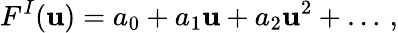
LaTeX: F^{I}(\mathbf{u})=a_{0}+a_{1}\mathbf{u}+a_{2}\mathbf{u}^{2}+\dots\, ,